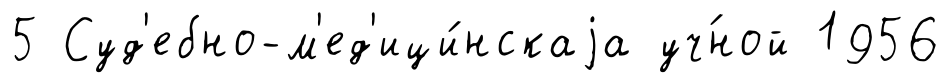
5 Суд'ебно-м'ед'ици́нскаjа уч́ной 1956